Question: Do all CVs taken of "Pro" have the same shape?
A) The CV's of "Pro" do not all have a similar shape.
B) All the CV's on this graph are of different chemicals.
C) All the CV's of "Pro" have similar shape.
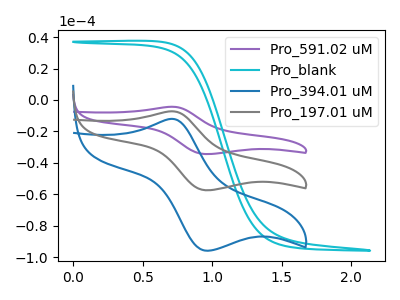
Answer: <think>The purple curve "Pro_591.02 uM" has an anodic peak at (0.70V, -14.45uA) and a cathodic peak at (0.95V, -115.05uA). The cyan curve "Pro_blank" has no peaks. The blue curve "Pro_394.01 uM" has an anodic peak at (0.70V, -12.05uA) and a cathodic peak at (0.95V, -96.00uA). The gray curve "Pro_197.01 uM" has an anodic peak at (0.70V, -7.20uA) and a cathodic peak at (0.95V, -57.55uA).
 "Pro_591.02 uM" and "Pro_blank" have a different number of peaks. All the peaks in "Pro_591.02 uM" have a peak in "Pro_394.01 uM" at the same potential. All the peaks in "Pro_591.02 uM" have a peak in "Pro_197.01 uM" at the same potential. "Pro_blank" and "Pro_394.01 uM" have a different number of peaks. "Pro_blank" and "Pro_197.01 uM" have a different number of peaks. All the peaks in "Pro_394.01 uM" have a peak in "Pro_197.01 uM" at the same potential.</think>
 <answer>C) All the CV's of "Pro" have similar shape.</answer>
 <eval>C</eval>